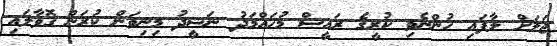
ޖަލަށް ލާފައި ހުންނެވި ކުރީގެ ރައީސް މުހައްމަދު ނަޝީދު މިނިވަން ކުރަން ގޮވާލައި